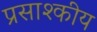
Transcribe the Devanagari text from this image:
प्रसाश्कीय